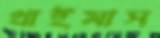
থাইমাস